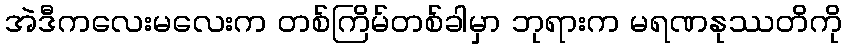
အဲဒီကလေးမလေးက တစ်ကြိမ်တစ်ခါမှာ ဘုရားက မရဏနုဿတိကို